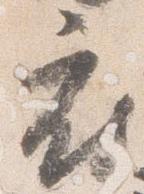
府